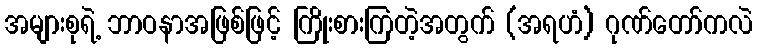
အများစုရဲ့ ဘာဝနာအဖြစ်ဖြင့် ကြိုးစားကြတဲ့အတွက် (အရဟံ) ဂုဏ်တော်ကလဲ